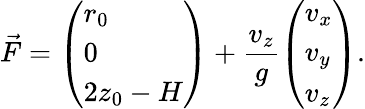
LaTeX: \vec{F}=\left(\begin{array}{l}{r_{0}}\\ {0}\\ {2z_{0}-H}\end{array}\right)+\frac{v_{z}}{g}\left(\begin{array}{l}{v_{x}}\\ {v_{y}}\\ {v_{z}}\end{array}\right).